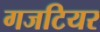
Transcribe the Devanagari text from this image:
गजटियर